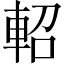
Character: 軺